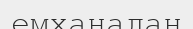
емханадан